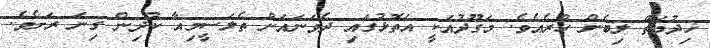
ޚިދުމަތް ލިބެން ހުރެއެވެ. މަގޫދުއަކީ އަތޮޅުގައި ދެވަނައަށް ތެލަސީމިއާ ކުދިން ގިނަ ރަށެވެ.